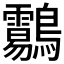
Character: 𪈑